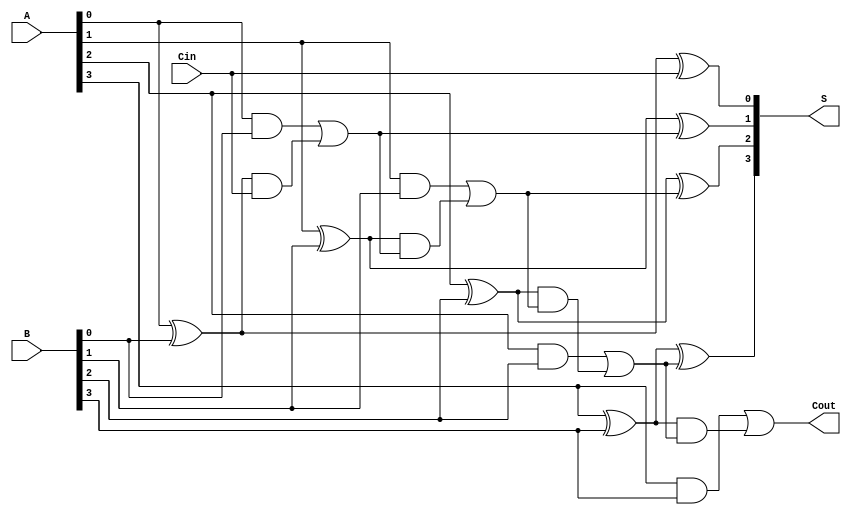
module CILA #(parameter N = 4) (
    input [N-1:0] A,       // First input
    input [N-1:0] B,       // Second input
    input Cin,             // Carry in
    output [N-1:0] S,      // Sum output
    output Cout            // Carry out
);

    // Intermediate signals for generate and propagate
    wire [N-1:0] G; // Generate signals
    wire [N-1:0] P; // Propagate signals
    wire [N:0] C;   // Carry signals

    // Generate and propagate logic
    genvar i;
    generate
        for (i = 0; i < N; i = i + 1) begin : genprop
            assign G[i] = A[i] & B[i]; // G[i] = A[i] AND B[i]
            assign P[i] = A[i] ^ B[i]; // P[i] = A[i] XOR B[i]
        end
    endgenerate

    // Carry signal calculations
    assign C[0] = Cin; // C[0] is the input carry
    generate
        for (i = 1; i <= N; i = i + 1) begin : carry_calc
            assign C[i] = G[i-1] | (P[i-1] & C[i-1]);
        end
    endgenerate

    // Sum calculation
    generate
        for (i = 0; i < N; i = i + 1) begin : sum_calc
            assign S[i] = P[i] ^ C[i]; // S[i] = P[i] XOR C[i]
        end
    endgenerate

    // Carry out calculation
    assign Cout = G[N-1] | (P[N-1] & C[N-1]);

endmodule